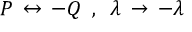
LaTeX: \! \! \! \! \! \! \! \! \! \! \! \! \! \! \! \! \! \! \! \! \! \! \! \! \! \! { P \, \leftrightarrow \, - Q \, \, \, , \, \, \, \lambda \, \rightarrow \, - \lambda }